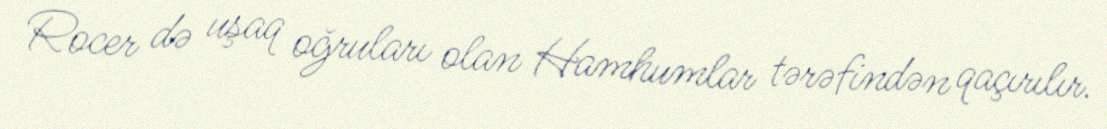
Rocer də uşaq oğruları olan Hamhumlar tərəfindən qaçırılır.